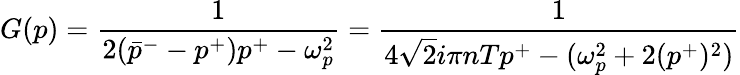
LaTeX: G(p)=\frac{1}{2(\bar{p}^{-}-p^{+})p^{+}-\omega_{p}^{2}}=\frac{1}{4\sqrt{2}i\pi nTp^{+}-(\omega_{p}^{2}+2(p^{+})^{2})}